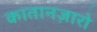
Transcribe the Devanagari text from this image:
कातानज़ारो